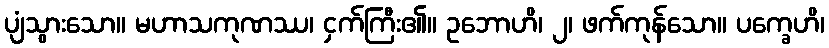
ပျံသွားသော။ မဟာသကုဏဿ၊ ငှက်ကြီး၏။ ဥဘောဟိ၊ ၂၊ ဖက်ကုန်သော။ ပက္ခေဟိ၊